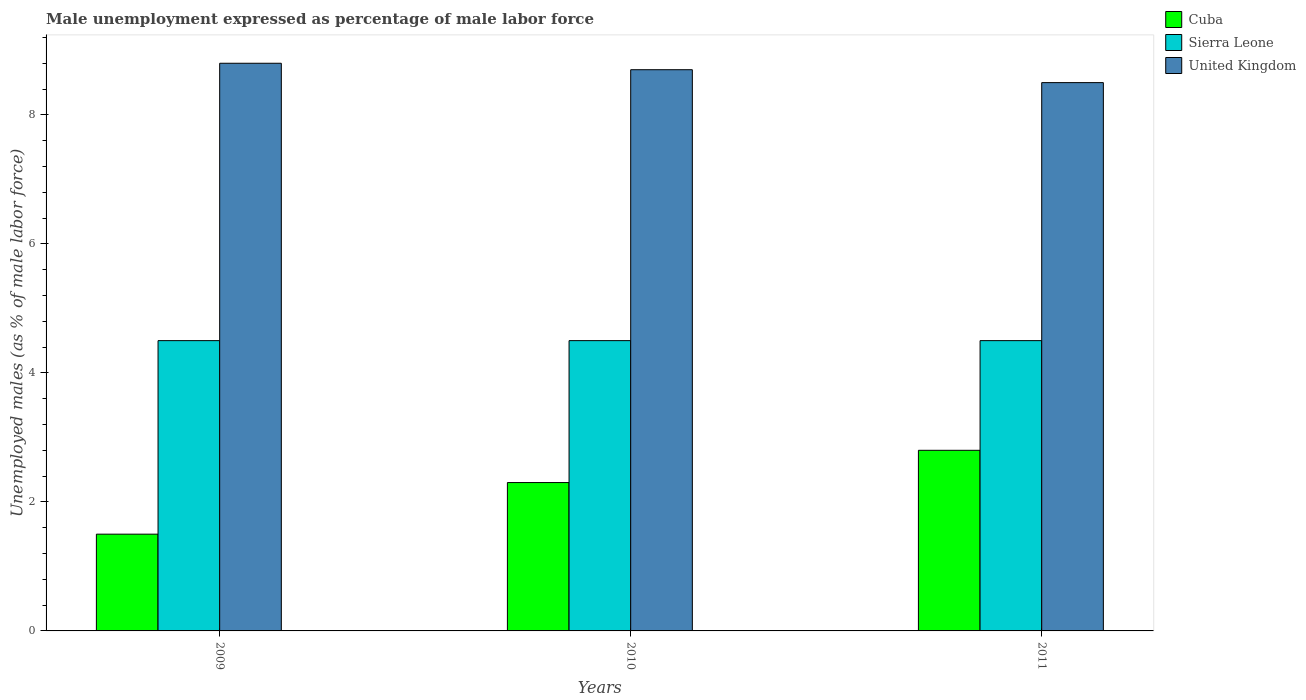
| Years | Cuba | Sierra Leone | United Kingdom |
 | --- | --- | --- | --- |
 | 2009 | 1.5 | 4.5 | 8.8 |
 | 2010 | 2.3 | 4.5 | 8.7 |
 | 2011 | 2.8 | 4.5 | 8.5 |